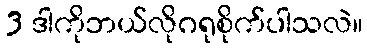
3 ဒါကိုဘယ်လိုဂရုစိုက်ပါသလဲ။